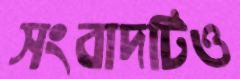
সংবাদটিও